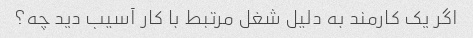
اگر یک کارمند به دلیل شغل مرتبط با کار آسیب دید چه؟